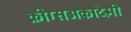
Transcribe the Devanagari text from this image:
क्रीग्सअकादेमी